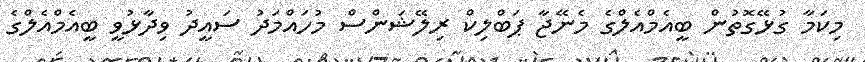
މިކަމާ ގުޅޭގޮތުން ބީއެމްއެލްގެ މެނޭޖާ ޕަބްލިކް ރިލޭޝަންސް މުހައްމަދު ސައީދު ވިދާޅުވީ ބީއެމްއެލްގެ